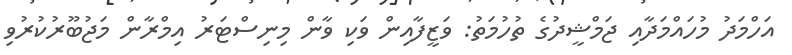
އަހްމަދު މުހައްމަދާއި ޖަމްޝީދުގެ ތުހުމަތު: ވަޒީފާއިން ވަކި ވާން މިނިސްޓަރު އިމްރާން މަޖުބޫރުކުރުވި